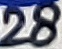
Text: 28